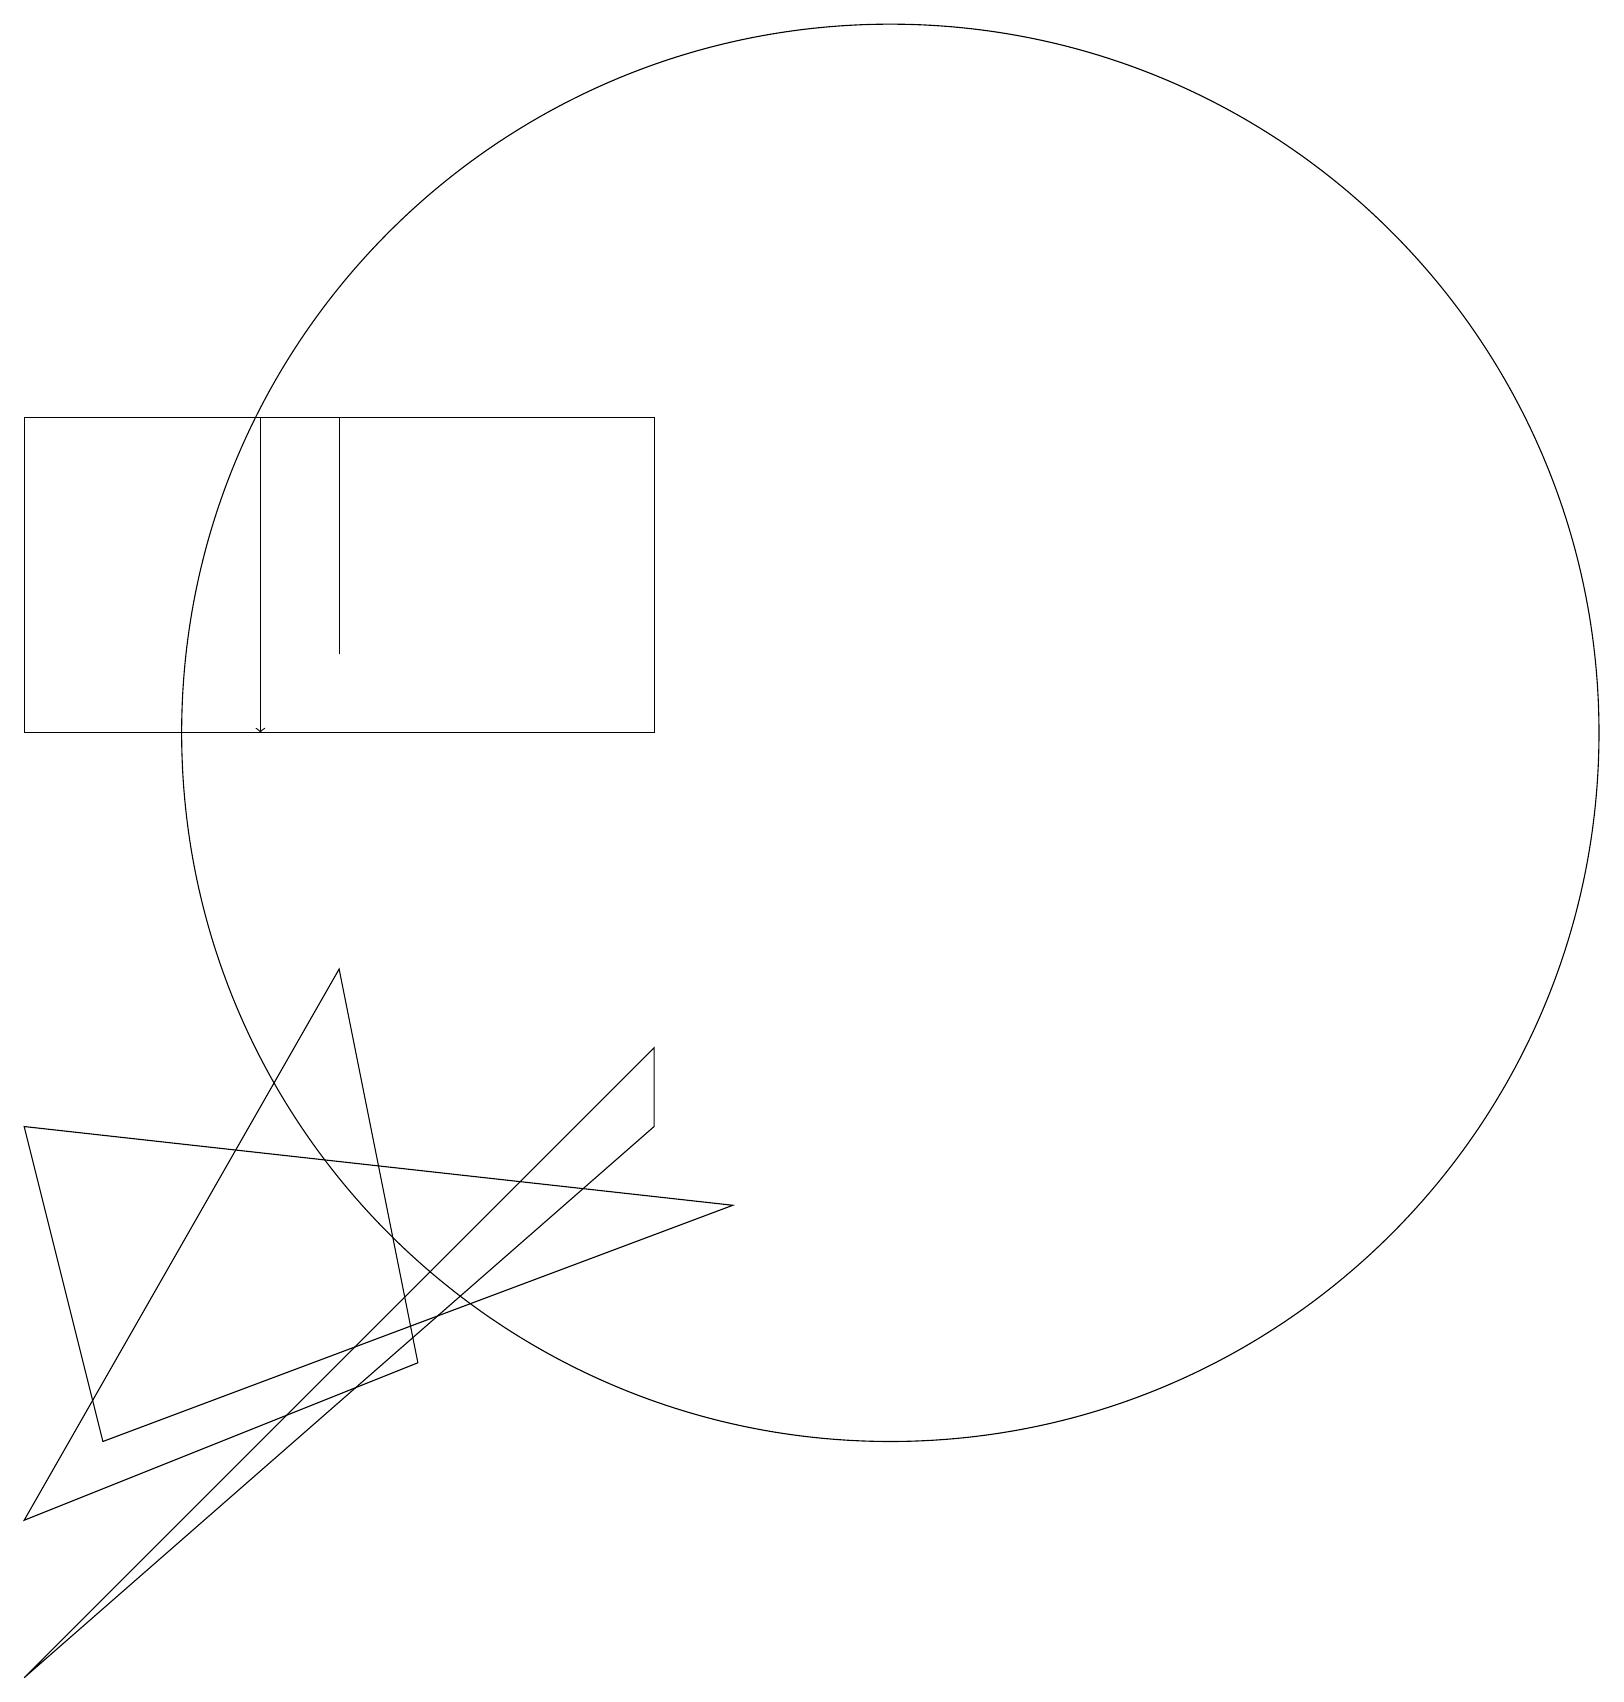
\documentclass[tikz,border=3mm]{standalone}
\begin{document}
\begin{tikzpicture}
\draw (4,13) rectangle (4,16);
\draw (4,9) -- (0,2) -- (5,4) -- cycle;
\draw (1,3) -- (9,6) -- (0,7) -- cycle;
\draw (11,12) circle (9);
\draw[->] (3,16) -- (3,12);
\draw (8,8) -- (8,7) -- (0,0) -- cycle;
\draw (0,16) rectangle (8,12);
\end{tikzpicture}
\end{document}